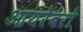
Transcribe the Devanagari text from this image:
आयरेबरो